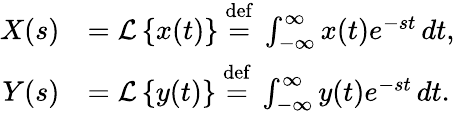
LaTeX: {\begin{array}{rl}{X(s)}&{={\mathcal{L}}\left\{ x(t)\right\} \ {\stackrel{\mathrm{def}}{=}}\ \int_{-\infty}^{\infty}x(t)e^{-st}\, dt,}\\ {Y(s)}&{={\mathcal{L}}\left\{ y(t)\right\} \ {\stackrel{\mathrm{def}}{=}}\ \int_{-\infty}^{\infty}y(t)e^{-st}\, dt.}\end{array}}